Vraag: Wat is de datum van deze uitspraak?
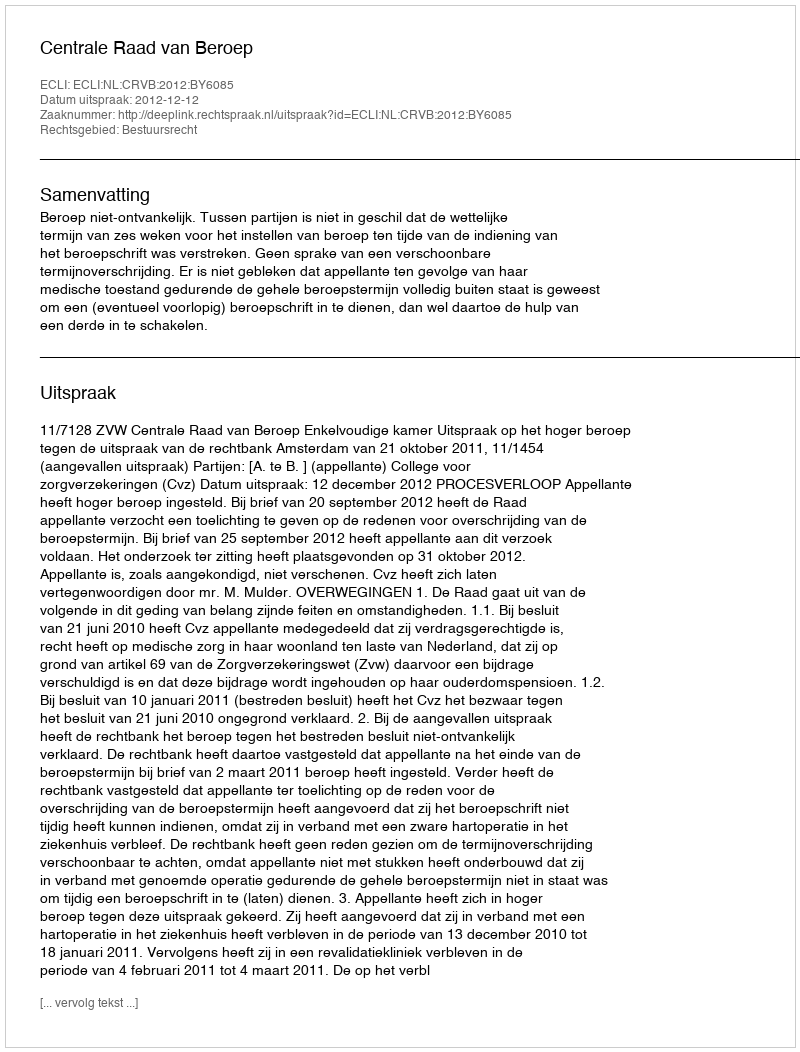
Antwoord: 2012-12-12